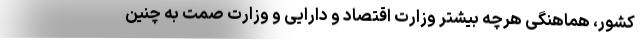
کشور، هماهنگی هرچه بیشتر وزارت اقتصاد و دارایی و وزارت صمت به چنین